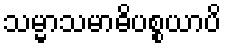
သမ္မာသမာဓိပစ္စယာပိ